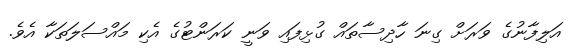
އަލިފާނުގެ ވަރަށް ގިނަ ހާދިސާތައް ގުޅިފައި ވަނީ ކަރަންޓުގެ އެކި މައްސަލަތަކާ އެވެ.